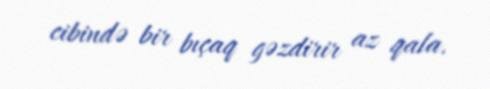
cibində bir bıçaq gəzdirir az qala.